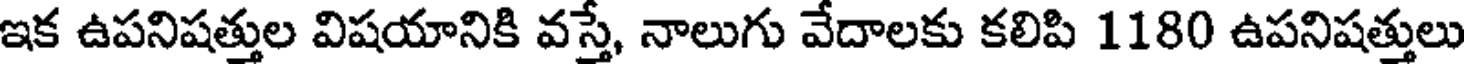
ఇక ఉపనిషత్తుల విషయానికి వస్తే, నాలుగు వేదాలకు కలిపి 1180 ఉపనిషత్తులు